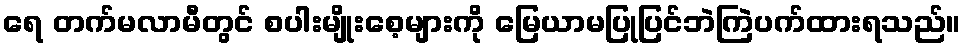
ရေ တက်မလာမီတွင် စပါးမျိုးစေ့များကို မြေယာမပြုပြင်ဘဲကြဲပက်ထားရသည်။